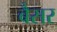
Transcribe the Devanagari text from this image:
बैसर